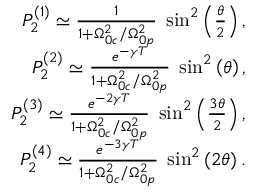
\begin{array} { r l r } & { } & { P _ { 2 } ^ { ( 1 ) } \simeq \frac { 1 } { 1 + \Omega _ { 0 c } ^ { 2 } / \Omega _ { 0 p } ^ { 2 } } \; \sin ^ { 2 } \left( \frac { \theta } { 2 } \right) , } \\ & { } & { P _ { 2 } ^ { ( 2 ) } \simeq \frac { e ^ { - \gamma T } } { 1 + \Omega _ { 0 c } ^ { 2 } / \Omega _ { 0 p } ^ { 2 } } \; \sin ^ { 2 } \left( \theta \right) , } \\ & { } & { P _ { 2 } ^ { ( 3 ) } \simeq \frac { e ^ { - 2 \gamma T } } { 1 + \Omega _ { 0 c } ^ { 2 } / \Omega _ { 0 p } ^ { 2 } } \; \sin ^ { 2 } \left( \frac { 3 \theta } { 2 } \right) , } \\ & { } & { P _ { 2 } ^ { ( 4 ) } \simeq \frac { e ^ { - 3 \gamma T } } { 1 + \Omega _ { 0 c } ^ { 2 } / \Omega _ { 0 p } ^ { 2 } } \; \sin ^ { 2 } \left( 2 \theta \right) . } \end{array}